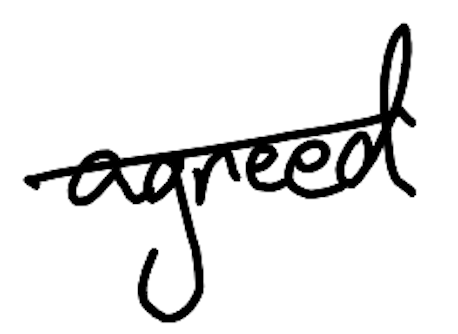
Text: agreed
Cross-out: single-line
Writing tool: digital_black